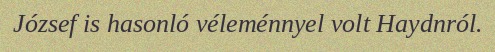
József is hasonló véleménnyel volt Haydnról.